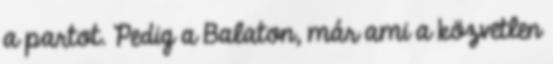
a partot. Pedig a Balaton, már ami a közvetlen